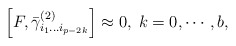
\begin{align*}\left[ F,\bar \gamma _{i_1\ldots i_{p-2k}}^{(2)}\right] \approx0,\;k=0,\cdots ,b,\end{align*}